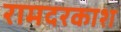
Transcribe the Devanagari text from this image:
रामदरकाश